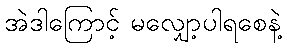
အဲဒါကြောင့် မလျှော့ပါရစေနဲ့